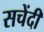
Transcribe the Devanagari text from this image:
सचेंदी